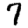
Digit: 7